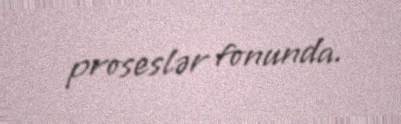
proseslər fonunda.